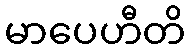
မာပေဟီတိ